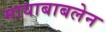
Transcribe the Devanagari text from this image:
मायाबाबलेन